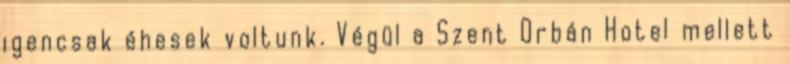
igencsak éhesek voltunk. Végül a Szent Orbán Hotel mellett